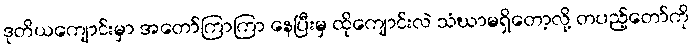
ဒုတိယကျောင်းမှာ အတော်ကြာကြာ နေပြီးမှ ထိုကျောင်းလဲ သံဃာမရှိတော့လို့ တပည့်တော်ကို